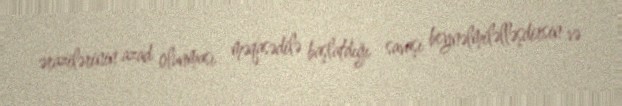
ərazilərinin azad olunması məqasədilə başlatdığı savaşı beynəlmiləlləşdirsin və